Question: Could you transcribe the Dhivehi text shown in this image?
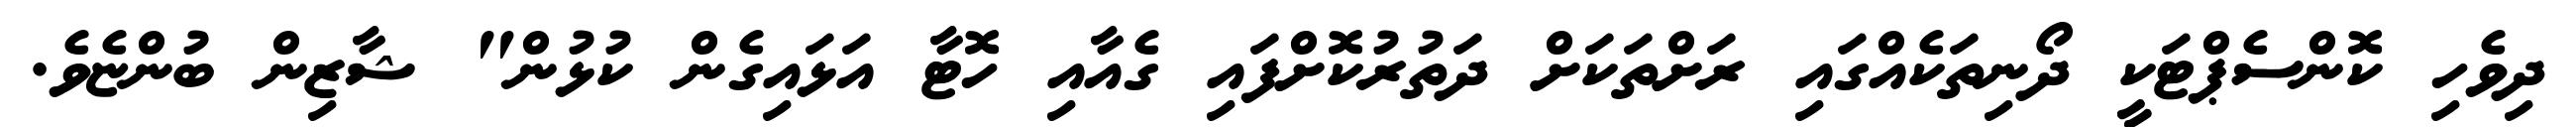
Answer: ދިވެހި ކޮންސެޕްޓަކީ ދޯނިތަކެއްގައި ރަށްތަކަށް ދަތުރުކޮށްފައި ގެއާއި ހޮޓާ އަޅައިގެން ކުޅުން" ޝާޒިން ބުންޏެވެ.